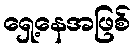
ရှေ့နေအဖြစ်